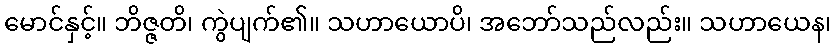
မောင်နှင့်။ ဘိဇ္ဇတိ၊ ကွဲပျက်၏။ သဟာယောပိ၊ အဘော်သည်လည်း။ သဟာယေန၊